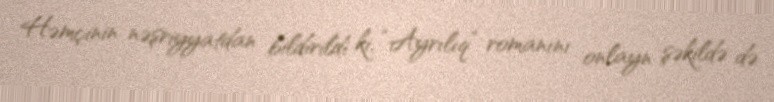
Həmçinin nəşriyyatdan bildirildi ki, “Ayrılıq” romanını onlayn şəkildə də